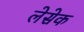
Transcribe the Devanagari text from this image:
लेसेक